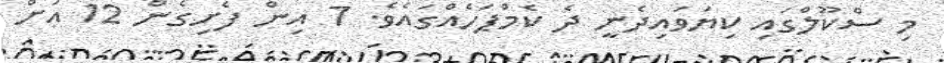
މި ސްކޫލްގައި ކިޔަވައިދެނީ ދެ ކެމްޕަހެއްގައެވެ. 7 އިން ފެށިގެން 12 އަށް